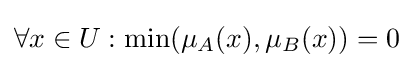
\forall x\in U:\min(\mu _{A}(x),\mu _{B}(x))=0